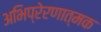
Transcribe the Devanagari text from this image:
अभिप्रेरणात्मक